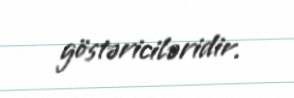
göstəriciləridir.